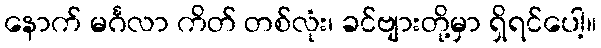
နောက် မင်္ဂလာ ကိတ် တစ်လုံး၊ ခင်ဗျားတို့မှာ ရှိရင်ပေါ့။